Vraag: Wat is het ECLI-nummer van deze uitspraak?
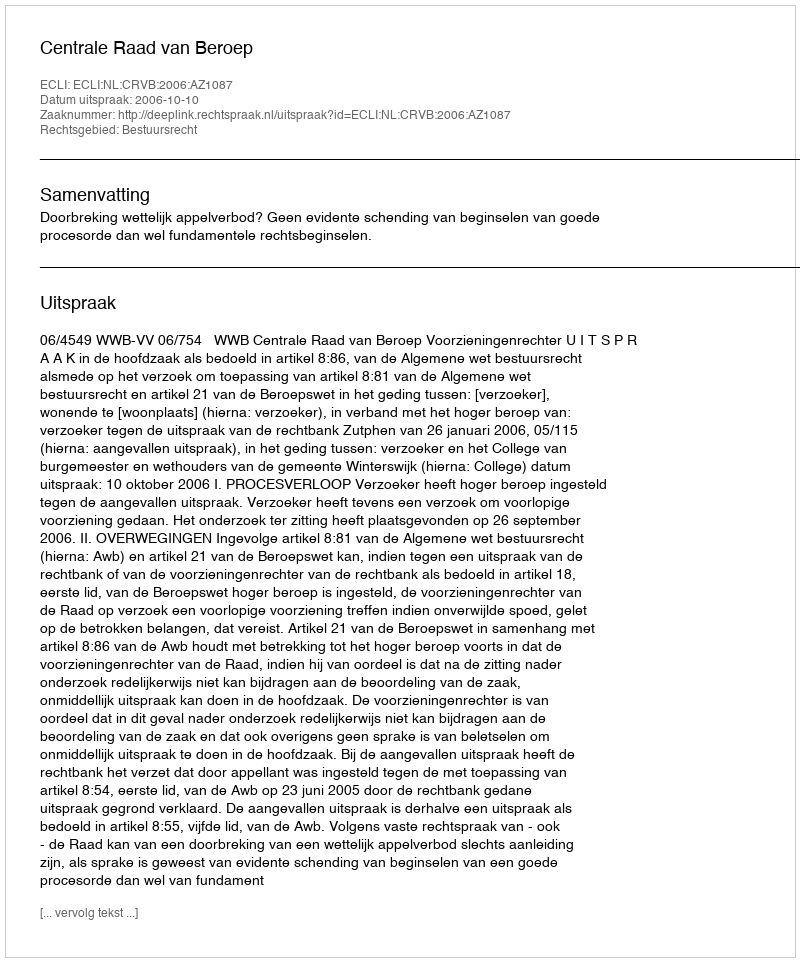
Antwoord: ECLI:NL:CRVB:2006:AZ1087